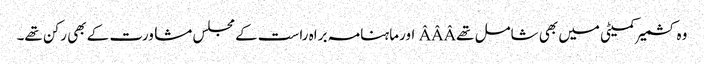
وہ کشمیر کمیٹی میں بھی شامل تھےÂÂÂ اورماہنامہ براہ راست کے مجلس مشاورت کے بھی رکن تھے۔